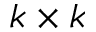
k \times k